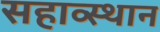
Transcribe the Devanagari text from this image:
सहाव्स्थान